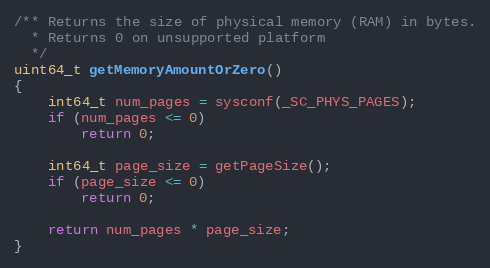
Language: C++
/** Returns the size of physical memory (RAM) in bytes.
  * Returns 0 on unsupported platform
  */
uint64_t getMemoryAmountOrZero()
{
    int64_t num_pages = sysconf(_SC_PHYS_PAGES);
    if (num_pages <= 0)
        return 0;

    int64_t page_size = getPageSize();
    if (page_size <= 0)
        return 0;

    return num_pages * page_size;
}